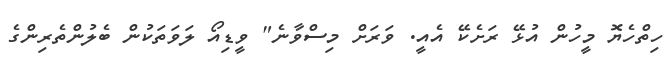
ހިތްހެޔޮ މީހުން އުޅޭ ރަށެެކޭ އެއީ. ވަރަށް މިސްވާނެ" ވީޑިއޯ ލަވަތަކުން ބެލުންތެރިންގެ